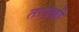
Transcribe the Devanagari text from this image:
तरहकी